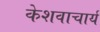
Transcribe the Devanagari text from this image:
केशवाचार्य